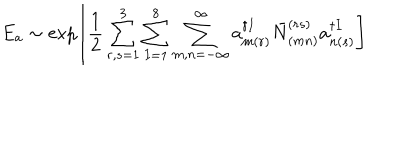
E _ { a } \sim \exp \left[ \frac { 1 } { 2 } \sum _ { r , s = 1 } ^ { 3 } \sum _ { I = 1 } ^ { 8 } \sum _ { m , n = - \infty } ^ { \infty } a _ { m ( r ) } ^ { \dagger I } \bar { N } _ { ( m n ) } ^ { ( r s ) } a _ { n ( s ) } ^ { \dagger I } \right]